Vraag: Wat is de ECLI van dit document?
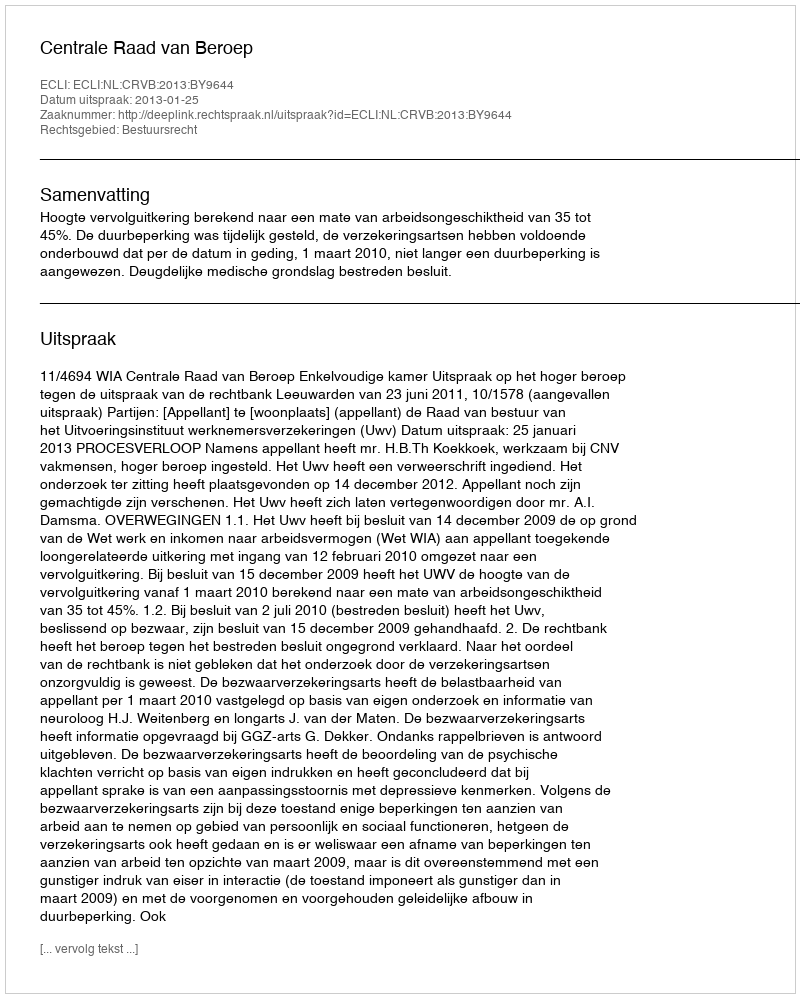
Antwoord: ECLI:NL:CRVB:2013:BY9644